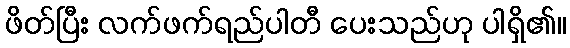
ဖိတ်ပြီး လက်ဖက်ရည်ပါတီ ပေးသည်ဟု ပါရှိ၏။